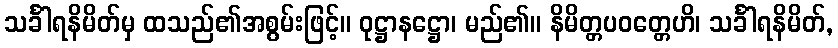
သင်္ခါရနိမိတ်မှ ထသည်၏အစွမ်းဖြင့်။ ဝုဋ္ဌာနဋ္ဌော၊ မည်၏။ နိမိတ္တပဝတ္တေဟိ၊ သင်္ခါရနိမိတ်,